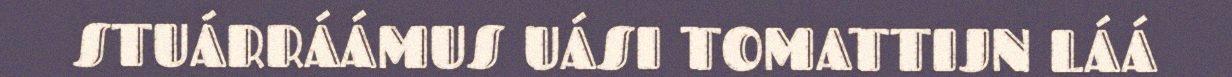
STUÁRRÁÁMUS UÁSI TOMATTIJN LÁÁ